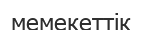
мемекеттік